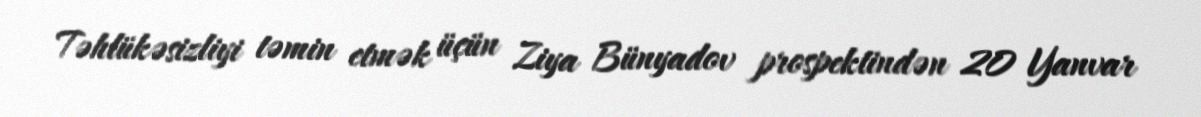
Təhlükəsizliyi təmin etmək üçün Ziya Bünyadov prospektindən 20 Yanvar